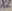
Text: x2